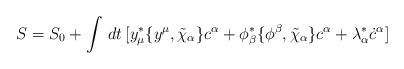
LaTeX: \begin{align*}S= S_0+\int\,dt\,[y^*_\mu\{y^\mu,\tilde\chi_\alpha\}c^\alpha+\phi^*_\beta\{\phi^\beta,\tilde\chi_\alpha\}c^\alpha+\lambda^*_\alpha\dot c^\alpha]\end{align*}